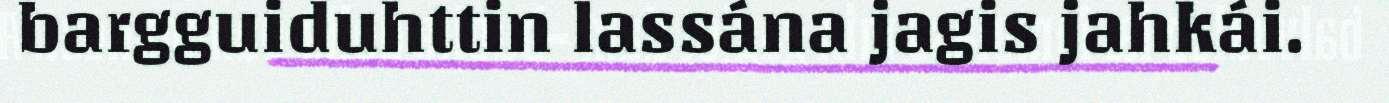
bargguiduhttin lassána jagis jahkái.